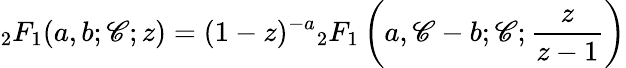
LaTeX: {}_{2}F_{1}(a,b;\mathscr{C};z)=(1-z)^{-a}{}_{2}F_{1}\left(a,\mathscr{C}-b;\mathscr{C};{\frac{{z}}{{z-1}}}\right)